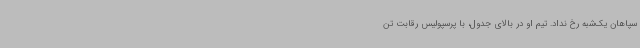
سپاهان یک‌شبه رخ نداد. تیم او در بالای جدول، با پرسپولیس رقابت تن